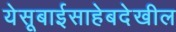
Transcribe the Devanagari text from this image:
येसूबाईसाहेबदेखील